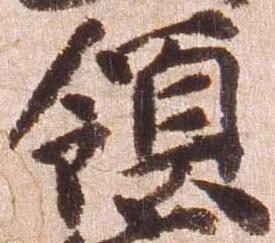
領